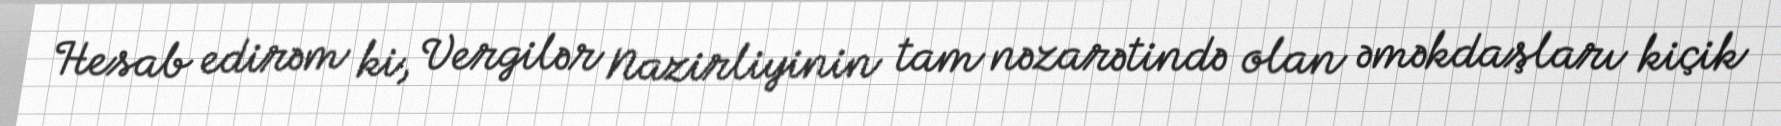
Hesab edirəm ki, Vergilər Nazirliyinin tam nəzarətində olan əməkdaşları kiçik